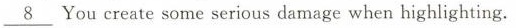
\underline{8} You create some serious damage when highlighting.